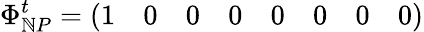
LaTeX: \Phi_{\mathbb{N}P}^{t}=\left(\begin{array}{llllllll}{{1}}&{{0}}&{{0}}&{{0}}&{{0}}&{{0}}&{{0}}&{{0}}\end{array}\right)